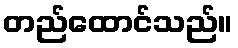
တည်ထောင်သည်။